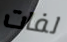
لفات